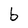
Character: b